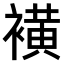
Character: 𧝒